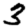
Digit: 3